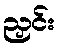
ညှင်း